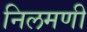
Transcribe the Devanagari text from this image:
निलमणी